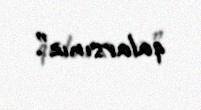
qalarsınız”.